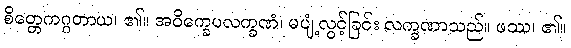
စိတ္တေကဂ္ဂတာယ၊ ၏။ အဝိက္ခေပလက္ခဏံ၊ မပျံ့လွင့်ခြင်း လက္ခဏာသည်။ ဖဿ၊ ၏။